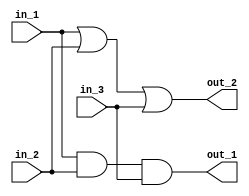
// header

module simple_in_n_out
    (
        // inputs
        in_1,
        in_2,
        in_3,
        // outputs
        out_1,
        out_2
    );

// Port Definitions

    input in_1;
    input in_2;
    input in_3;
    
    output out_1;
    output out_2;
    
// Design implementation

    assign out_1 = in_1 & in_2 & in_3;
    assign out_2 = in_1 | in_2 | in_3;
    
endmodule